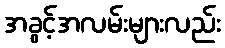
အခွင့်အလမ်းများလည်း